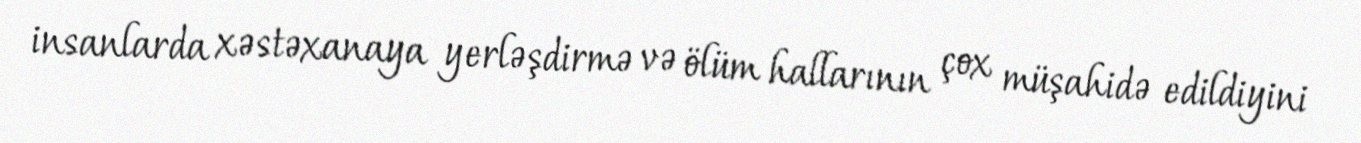
insanlarda xəstəxanaya yerləşdirmə və ölüm hallarının çox müşahidə edildiyini